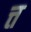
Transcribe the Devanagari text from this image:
त्त